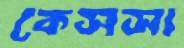
কেসসা